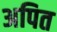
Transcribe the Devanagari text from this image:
अपित